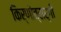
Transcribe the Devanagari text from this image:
किर्णोत्सर्गी